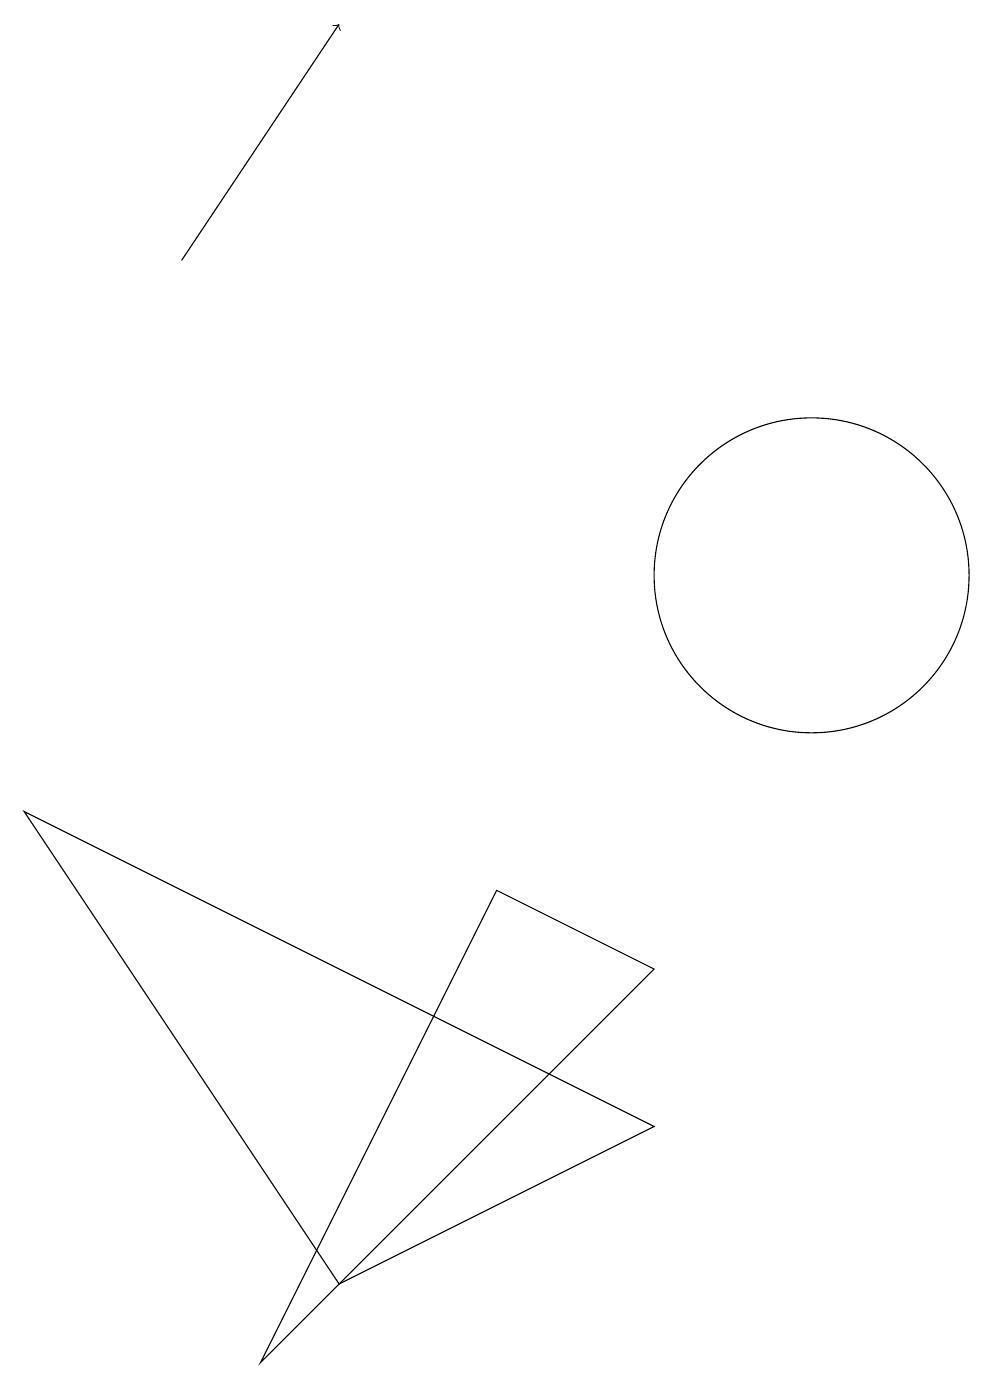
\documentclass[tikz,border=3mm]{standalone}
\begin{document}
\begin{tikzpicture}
\draw (9,4) -- (1,8) -- (5,2) -- cycle;
\draw (11,11) circle (2);
\draw (4,1) -- (9,6) -- (7,7) -- cycle;
\draw[->] (3,15) -- (5,18);
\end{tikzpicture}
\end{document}